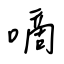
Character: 嘀